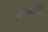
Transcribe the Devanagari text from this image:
मुद्रानीति